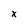
Character: x